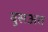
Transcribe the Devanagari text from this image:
वुसअत